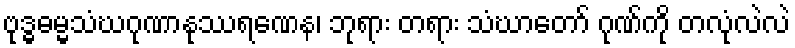
ဗုဒ္ဓဓမ္မသံဃဂုဏာနုဿရဏေန၊ ဘုရား တရား သံဃာတော် ဂုဏ်ကို တလုံလဲလဲ